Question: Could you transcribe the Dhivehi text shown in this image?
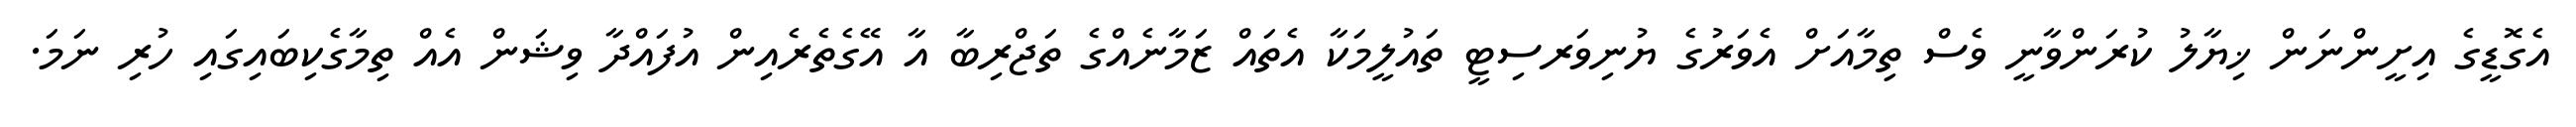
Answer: އެގޮޑީގެ އިށީންނަން ޚިޔާލު ކުރަންވާނީ ވެސް ތިމާއަށް އެވަރުގެ ޔުނިވަރސިޓީ ތައުލީމަކާ އެތައް ޒަމާނެއްގެ ތަޖްރިބާ އާ އޭގެތެރެއިން އުފައްދާ ވިޝަން އެއް ތިމާގެކިބައިގައި ހުރި ނަމަ.